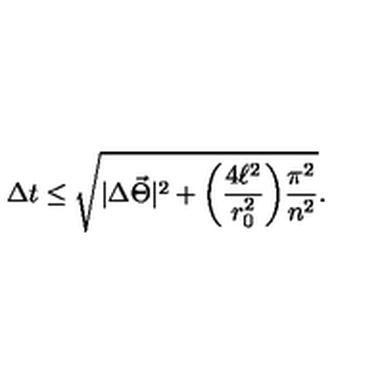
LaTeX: \Delta t \leq \sqrt { | \Delta \vec { \Theta } | ^ { 2 } + \biggl ( \frac { 4 \ell ^ { 2 } } { r _ { 0 } ^ { 2 } } \biggr ) \frac { \pi ^ { 2 } } { n ^ { 2 } } } .